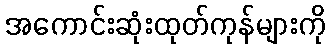
အကောင်းဆုံးထုတ်ကုန်များကို